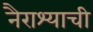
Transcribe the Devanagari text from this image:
नैराश्याची